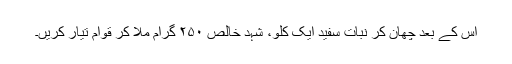
اِس کے بعد چھان کر نبات سفید ایک کلو، شہد خالص ۲۵۰ گرام ملا کر قوام تیار کریں۔